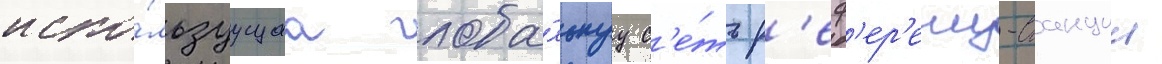
испо́льзуущаа глоба́льнуу с'е́ть р'еф'ер'енц-станции